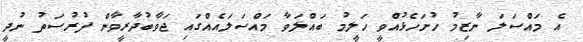
އެ މައްސަލަ ނާޒިމު ހުށަހެޅުއްވީ ހަލީމު ބައްލަވާ މައްސަލައެއްގައި ޖަވާބުދާރީވާން ފުރުސަތު ނުދީ